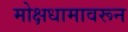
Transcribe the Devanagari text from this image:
मोक्षधामावरून